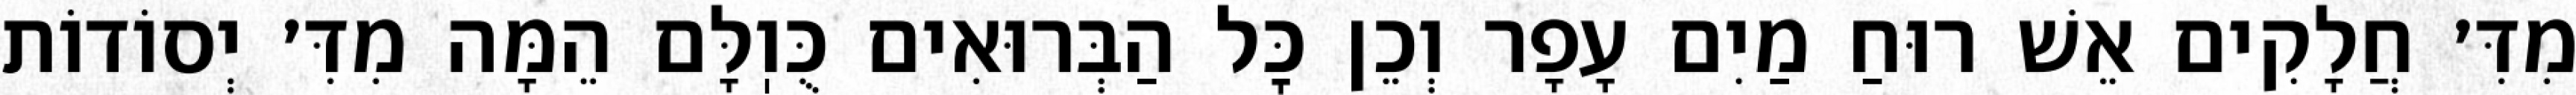
מִדִּ׳ חֲלָקִים אֵשׁ רוּחַ מַיִם עָפָר וְכֵן כׇּל הַבְּרוּאִים כֻּוֽלָּם הֵמָּה מִדִּ׳ יְסוֹדוֹת